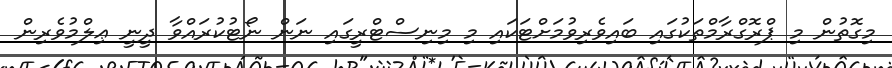
މިގޮތުން މި ޕްރޮގްރާމްތަކުގައި ބައިވެރިވުމަށްޓަކައި މި މިނިސްޓްރީގައި ނަން ނޯޓުކުރައްވާ ދީނީ ޢިލްމުވެރިން